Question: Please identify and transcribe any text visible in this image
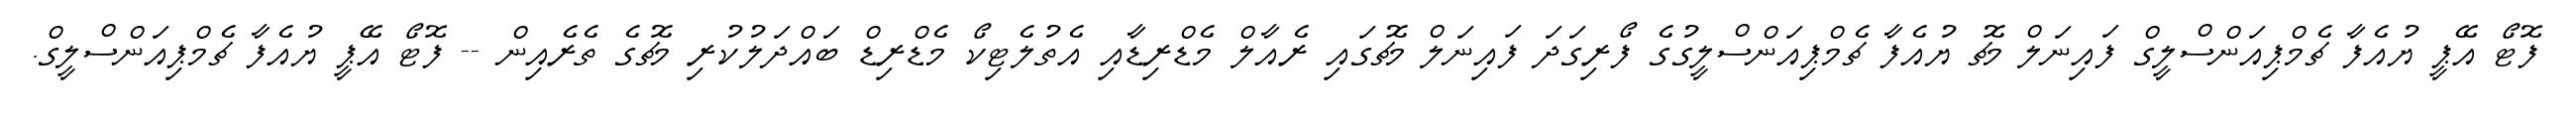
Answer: ފޮޓޯ އޭޕީ ޔުއެފާ ޗެމްޕިއަންސްލީގް ފައިނަލް މެޗު ޔުއެފާ ޗެމްޕިއަންސްލީގުގެ ފޯރިގަދަ ފައިނަލް މެޗުގައި ރެއާލް މެޑްރިޑާއި އެތުލެޓިކޯ މެޑްރިޑް ބައްދަލުކުރި މެޗުގެ ތެރެއިން -- ފޮޓޯ އޭޕީ ޔުއެފާ ޗެމްޕިއަންސްލީގް.